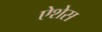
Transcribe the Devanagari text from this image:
ऐशेस